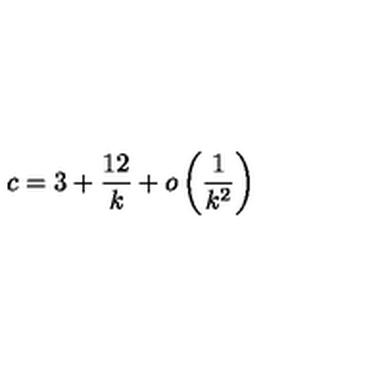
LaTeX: c = 3 + \frac { 1 2 } { k } + o \left( \frac { 1 } { k ^ { 2 } } \right)